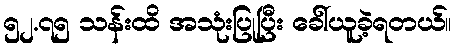
၅၂.၇၅ သန်းထိ အသုံးပြုပြီး ခေါ်ယူခဲ့ရတယ်။